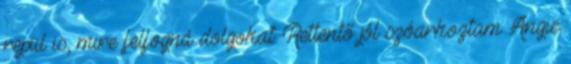
repül is, mire felfogná dolgokat: Rettentő jól szóarkoztam Angie